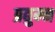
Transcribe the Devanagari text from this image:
प्रद्युम्‍न